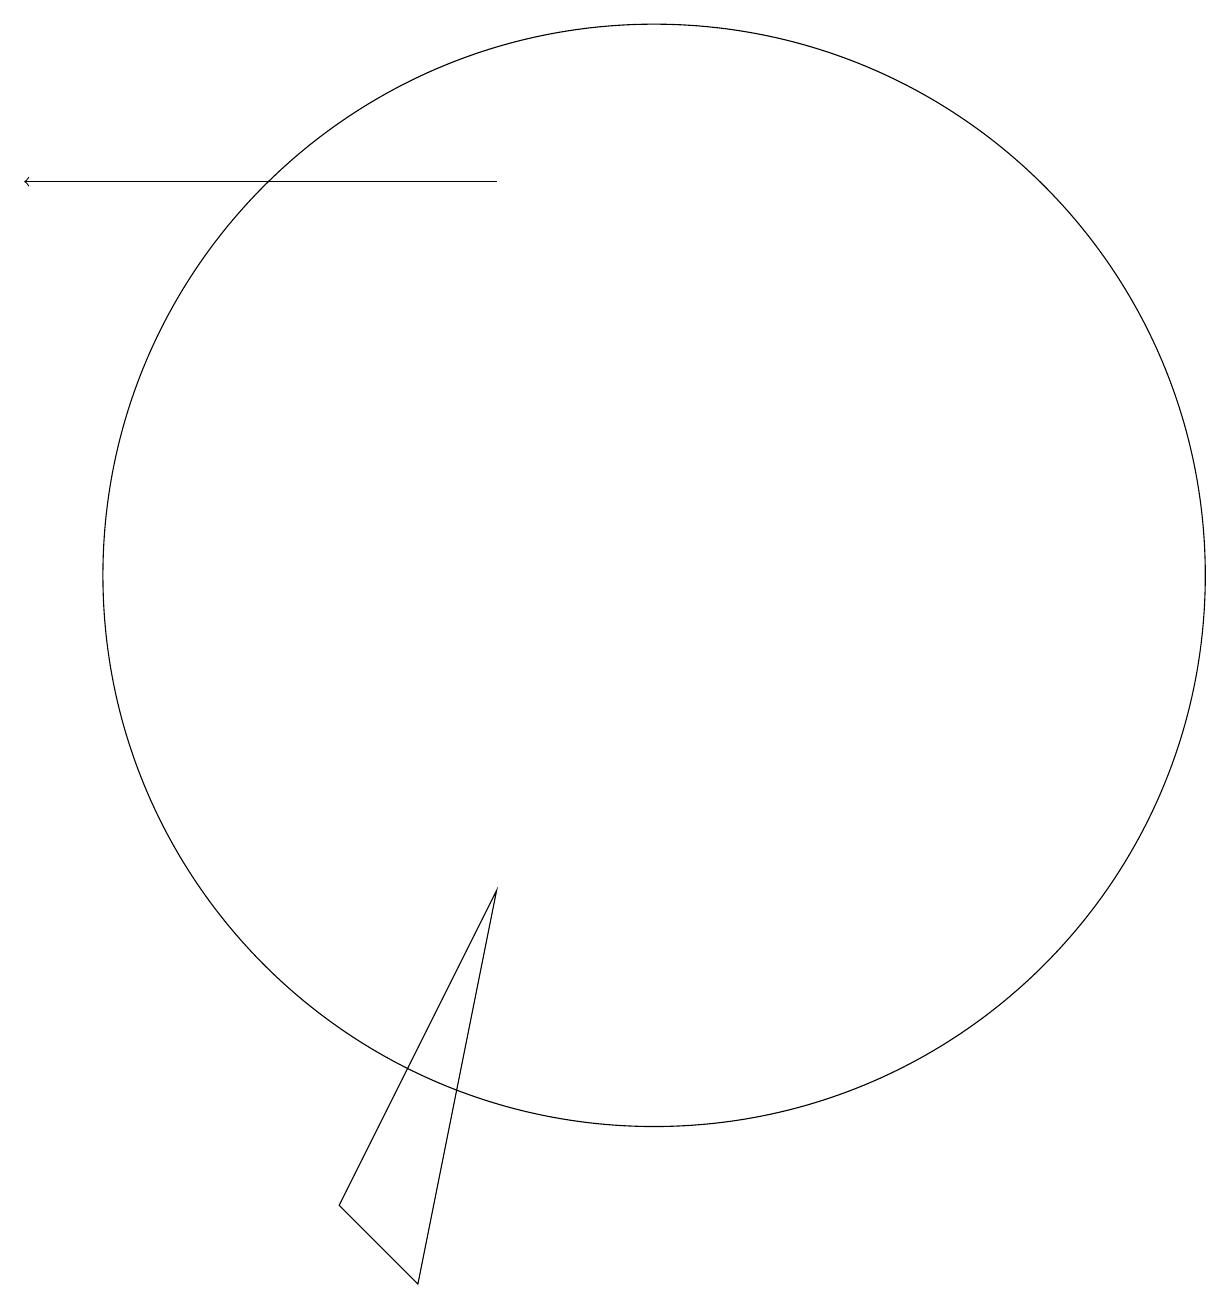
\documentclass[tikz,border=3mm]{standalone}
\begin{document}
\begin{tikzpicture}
\draw (11,10) circle (0);
\draw[->] (9,15) -- (3,15);
\draw (11,10) circle (7);
\draw (7,2) -- (9,6) -- (8,1) -- cycle;
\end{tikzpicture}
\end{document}